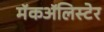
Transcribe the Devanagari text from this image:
मॅकॲलिस्टेर